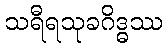
သရီရသုခဂိဒ္ဓဿ